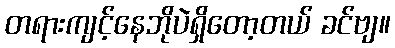
တရားကျင့်နေဘိုပဲရှိတော့တယ် ခင်ဗျ။